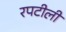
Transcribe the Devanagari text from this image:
रपटीली